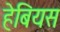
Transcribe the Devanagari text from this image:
हेबियस